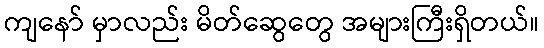
ကျနော် မှာလည်း မိတ်ဆွေတွေ အများကြီးရှိတယ်။